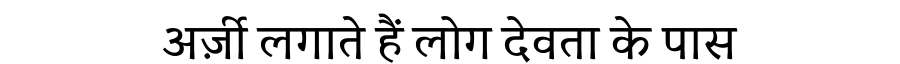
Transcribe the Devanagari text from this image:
अर्ज़ी लगाते हैं लोग देवता के पास